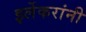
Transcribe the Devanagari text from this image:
इर्लेकरांनी